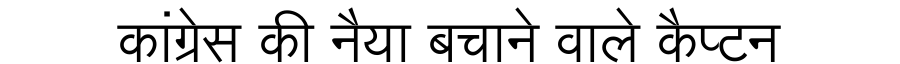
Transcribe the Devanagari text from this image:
कांग्रेस की नैया बचाने वाले कैप्टन